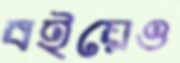
বইয়েও